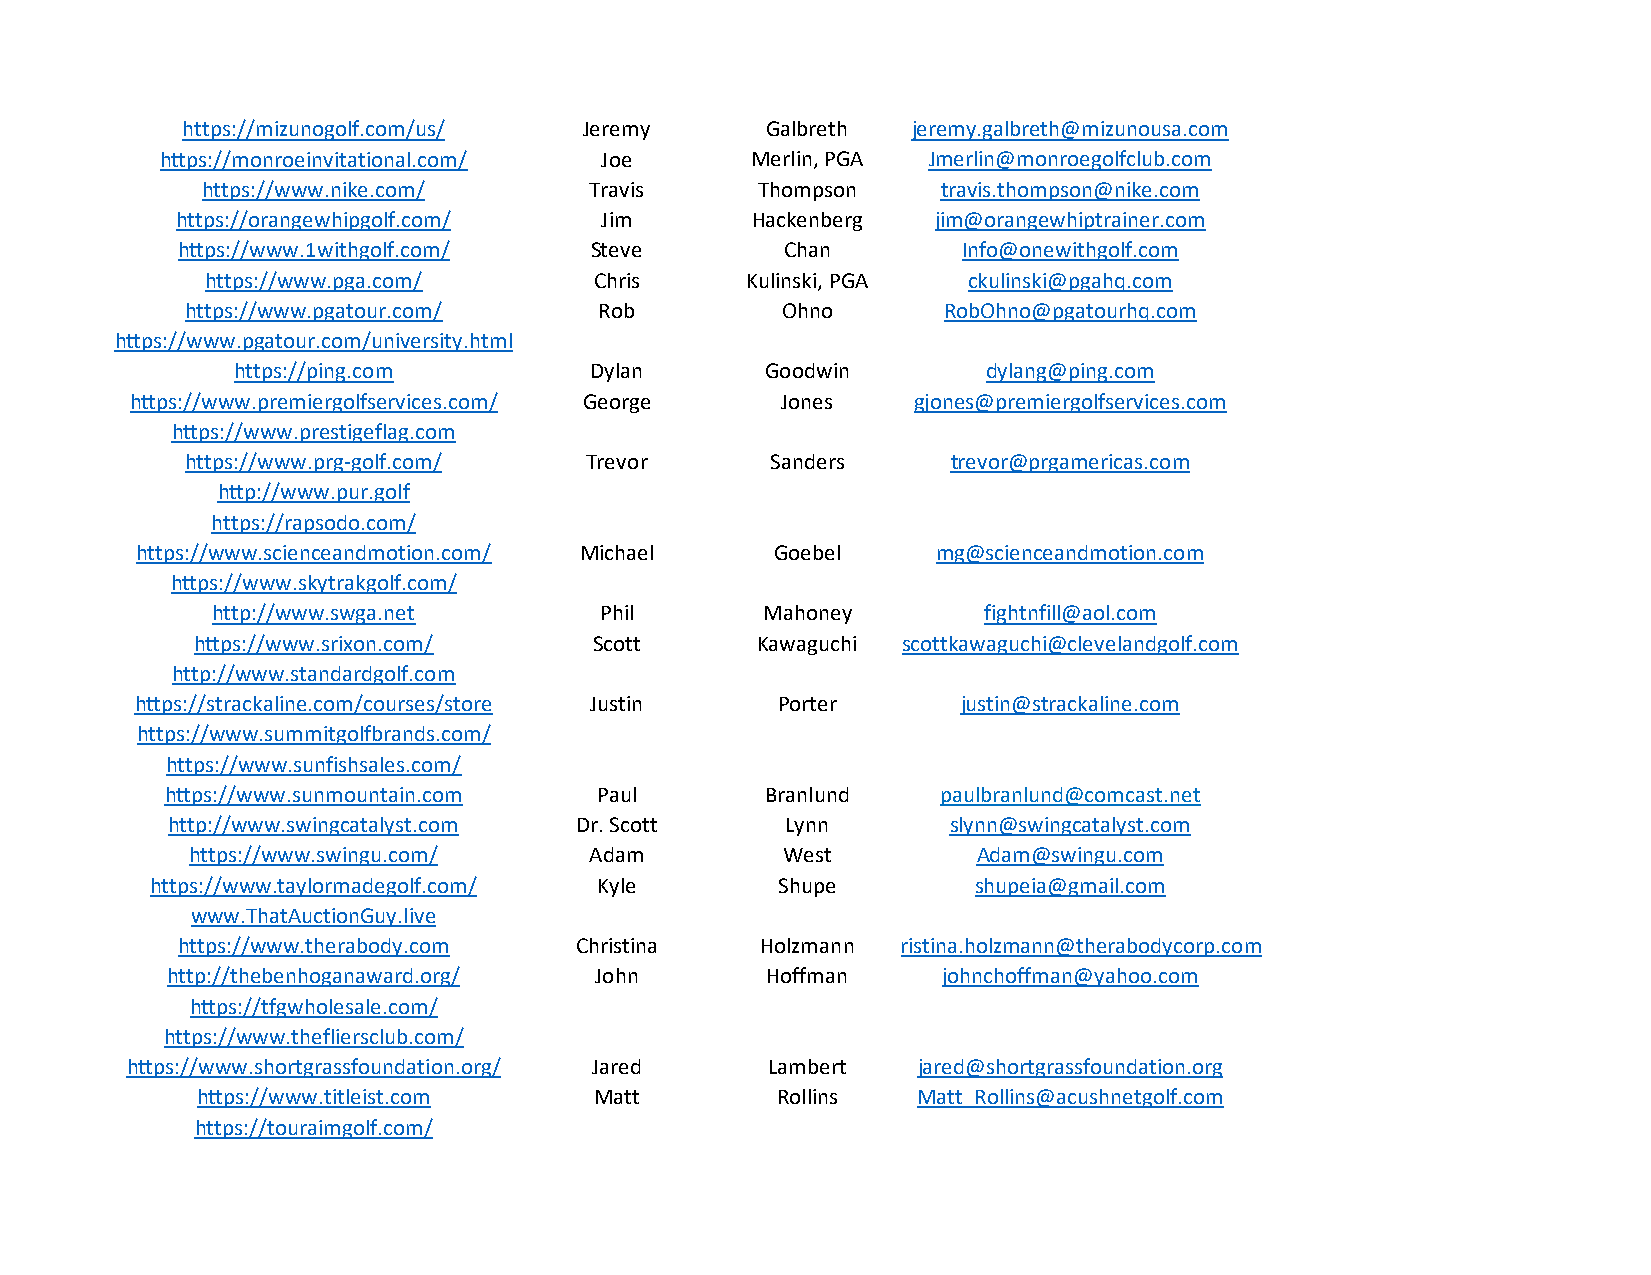
https://mizunogolf.com/us/ Jeremy      Galbreth jeremy.galbreth@mizunousa.com
 https://monroeinvitational.com/ Joe    Merlin, PGA Jmerlin@monroegolfclub.com
 https://www.nike.com/     Travis     Thompson    travis.thompson@nike.com
 https://orangewhipgolf.com/ Jim       Hackenberg  jim@orangewhiptrainer.com
 https://www.1withgolf.com/ Steve        Chan        Info@onewithgolf.com
 https://www.pga.com/     Chris     Kulinski, PGA  ckulinski@pgahq.com
 https://www.pgatour.com/    Rob         Ohno      RobOhno@pgatourhq.com
 https://www.pgatour.com/university.html
 https://ping.com        Dylan       Goodwin       dylang@ping.com
 https://www.premiergolfservices.com/ George Jones  gjones@premiergolfservices.com
 https://www.prestigeflag.com
 https://www.prg-golf.com/  Trevor      Sanders     trevor@prgamericas.com
 http://www.pur.golf
 https://rapsodo.com/
 https://www.scienceandmotion.com/ Michael Goebel     mg@scienceandmotion.com
 https://www.skytrakgolf.com/
 http://www.swga.net       Phil      Mahoney        fightnfill@aol.com
 https://www.srixon.com/   Scott      Kawaguchi scottkawaguchi@clevelandgolf.com
 http://www.standardgolf.com
 https://strackaline.com/courses/store Justin Porter    justin@strackaline.com
 https://www.summitgolfbrands.com/
 https://www.sunfishsales.com/
 https://www.sunmountain.com Paul        Branlund   paulbranlund@comcast.net
 http://www.swingcatalyst.com Dr. Scott   Lynn       slynn@swingcatalyst.com
 https://www.swingu.com/   Adam         West         Adam@swingu.com
 https://www.taylormadegolf.com/ Kyle      Shupe        shupeia@gmail.com
 www.ThatAuctionGuy.live
 https://www.therabody.com Christina   Holzmann  ristina.holzmann@therabodycorp.com
 http://thebenhoganaward.org/ John       Hoffman    johnchoffman@yahoo.com
 https://tfgwholesale.com/
 https://www.thefliersclub.com/
 https://www.shortgrassfoundation.org/ Jared Lambert  jared@shortgrassfoundation.org
 https://www.titleist.com  Matt        Rollins   Matt_Rollins@acushnetgolf.com
 https://touraimgolf.com/